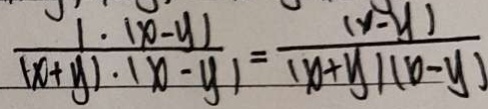
( \frac { 1 \cdot ( x - y ) } { ( x + y ) \cdot ( x - y ) } = \frac { ( x - y ) } { ( x + y ) ( x - y ) }